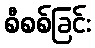
စီစစ်ခြင်း